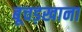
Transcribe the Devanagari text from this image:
बूचड़खाना